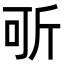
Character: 㪼